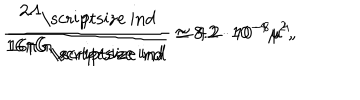
{ \frac { 1 } { 1 6 \pi G _ { \mathrm { \scriptsize ~ i n d } } } } \simeq 8 . 2 \cdot 1 0 ^ { - 4 } \mu ^ { 2 } , \hspace { 1 c m } { \frac { 2 \Lambda _ { \mathrm { \scriptsize ~ i n d } } } { 1 6 \pi G _ { \mathrm { \scriptsize ~ i n d } } } } \simeq 4 . 2 \cdot 1 0 ^ { - 8 } \mu ^ { 4 } ,